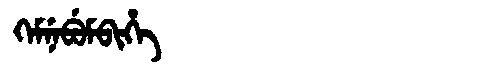
Manchu: ᡴᡝᠮᠨᡝᠪᡠᠮᠪᡳᡥᡝ
Romanization: KEMNEBUMBIHE